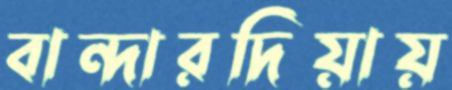
বান্দারদিয়ায়